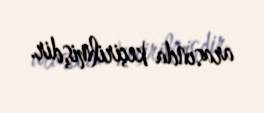
arasında keçirilmişdir.